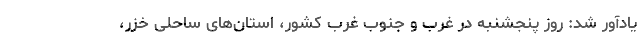
یادآور شد: روز پنجشنبه در غرب و جنوب غرب کشور، استان‌های ساحلی خزر،